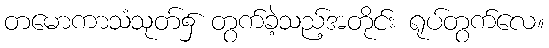
တမောကာသံသုတ်၌ တွက်ခဲ့သည့်အတိုင်း ရုပ်တွက်လေ။